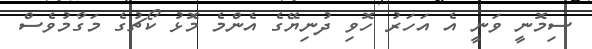
ސިމޮނީ ވަނީ އެ އަހަރު ހޮވި ދުނިޔޭގެ އެންމެ މޮޅު ކޯޗުގެ މަގާމުވެސް